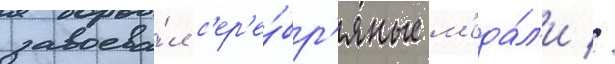
завоева́л с'ер'е́бр'яные м'еда́л'и //